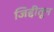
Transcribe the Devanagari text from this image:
जिद्दीतून